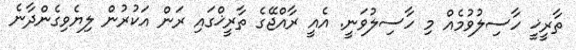
ތާރީޚީ ހާސިލުވުމެއް މި ހާސިލުވަނީ. އެއީ ރާއްޖޭގެ ތާރީޚްގައި ރަން އަކުރުން ލިޔެވިގެންދާނެ